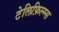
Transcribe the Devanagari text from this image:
टेलिफ़िल्म्स